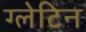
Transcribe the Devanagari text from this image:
ग्लेटिन